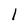
Character: I